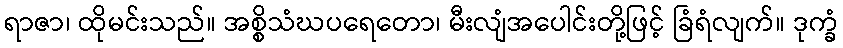
ရာဇာ၊ ထိုမင်းသည်။ အစ္စိသံဃပရေတော၊ မီးလျံအပေါင်းတို့ဖြင့် ခြံရံလျက်။ ဒုက္ခံ